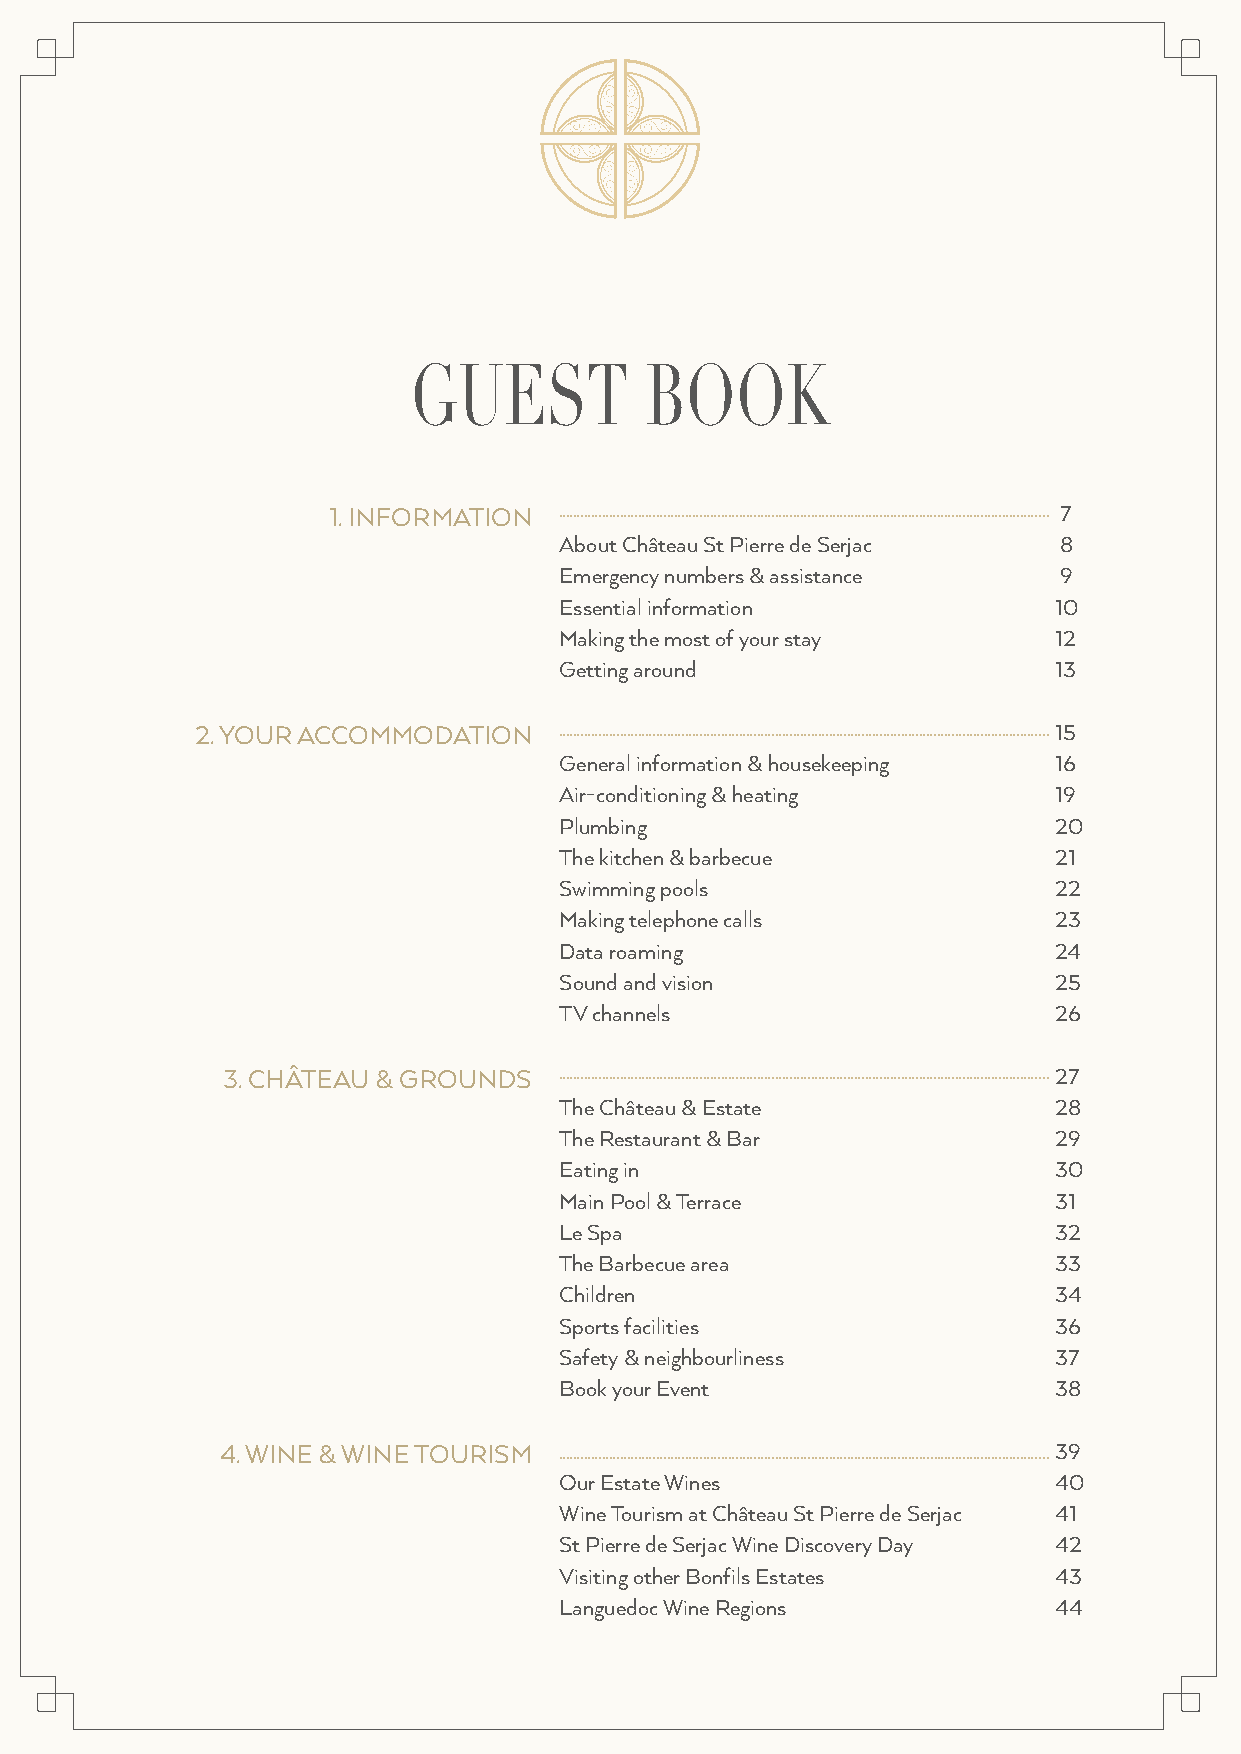
GUEST           BOOK
 1. INFORMATION ........................................................................................................................................ 7
 About Château St Pierre de Serjac 8
 Emergency numbers & assistance   9
 Essential information            10
 Making the most of your stay     12
 Getting around                   13
 2. YOUR ACCOMMODATION   ........................................................................................................................................ 15
 General information & housekeeping 16
 Air-conditioning & heating       19
 Plumbing                         20
 The kitchen & barbecue           21
 Swimming pools                   22
 Making telephone calls           23
 Data roaming                     24
 Sound and vision                 25
 TV channels                      26
 3. CHÂTEAU & GROUNDS  ........................................................................................................................................ 27
 The Château & Estate             28
 The Restaurant & Bar             29
 Eating in                        30
 Main Pool & Terrace              31
 Le Spa                           32
 The Barbecue area                33
 Children                         34
 Sports facilities                36
 Safety & neighbourliness         37
 Book your Event                  38
 4. WINE & WINE TOURISM ........................................................................................................................................ 39
 Our Estate Wines                 40
 Wine Tourism at Château St Pierre de Serjac 41
 St Pierre de Serjac Wine Discovery Day 42
 Visiting other Bonfils Estates   43
 Languedoc Wine Regions           44